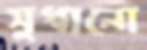
সুধানো